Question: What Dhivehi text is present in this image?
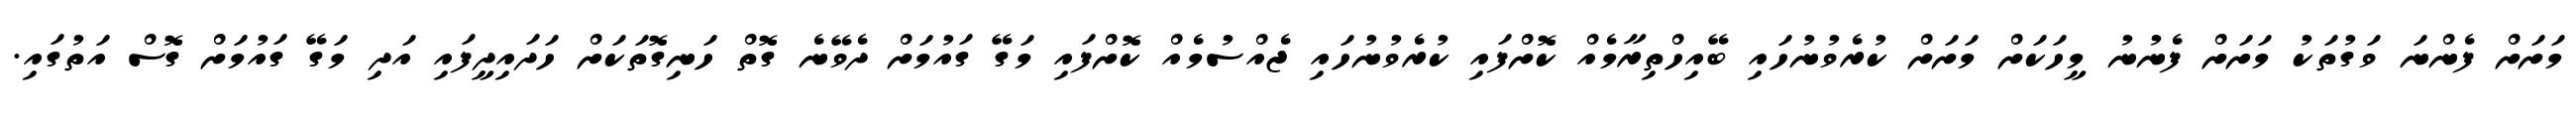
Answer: މަށަށް ފެންނަ ވަގުތަކު މަށަށް ފެނުނު މީހަކަށް މަށަށް ކުރެވުނުހައި ބޭއިހްތިރާމެއް ކޮށްފައި ކުރެވުނުހައި ޖެއްސުމެއް ކޮށްފައި މަގޭ ގައުމަށް ދެވޭނެ ގޮތް ހަނިގޮތަކަށް ހަދައިދީފައި އަދި މަގޭ ގައުމަށް ގޮސް އަތުގައި.